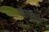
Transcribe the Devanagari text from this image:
गोलाद्र्धे